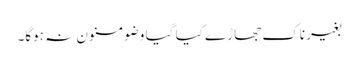
بغیر ناک جھاڑے کیا گیا وضو مسنون نہ ہوگا۔